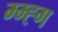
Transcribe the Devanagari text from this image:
म्म्ह्ग